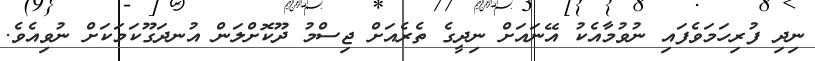
ނިދި ފުރިހަމަވެފައި ނުވުމާއެކު އޭނައަށް ނިދީގެ ތެރެއަށް ޖިސްމު ދޫކޮށްލަން އުނދަގޫކަމަކަށް ނުވިއެވެ.